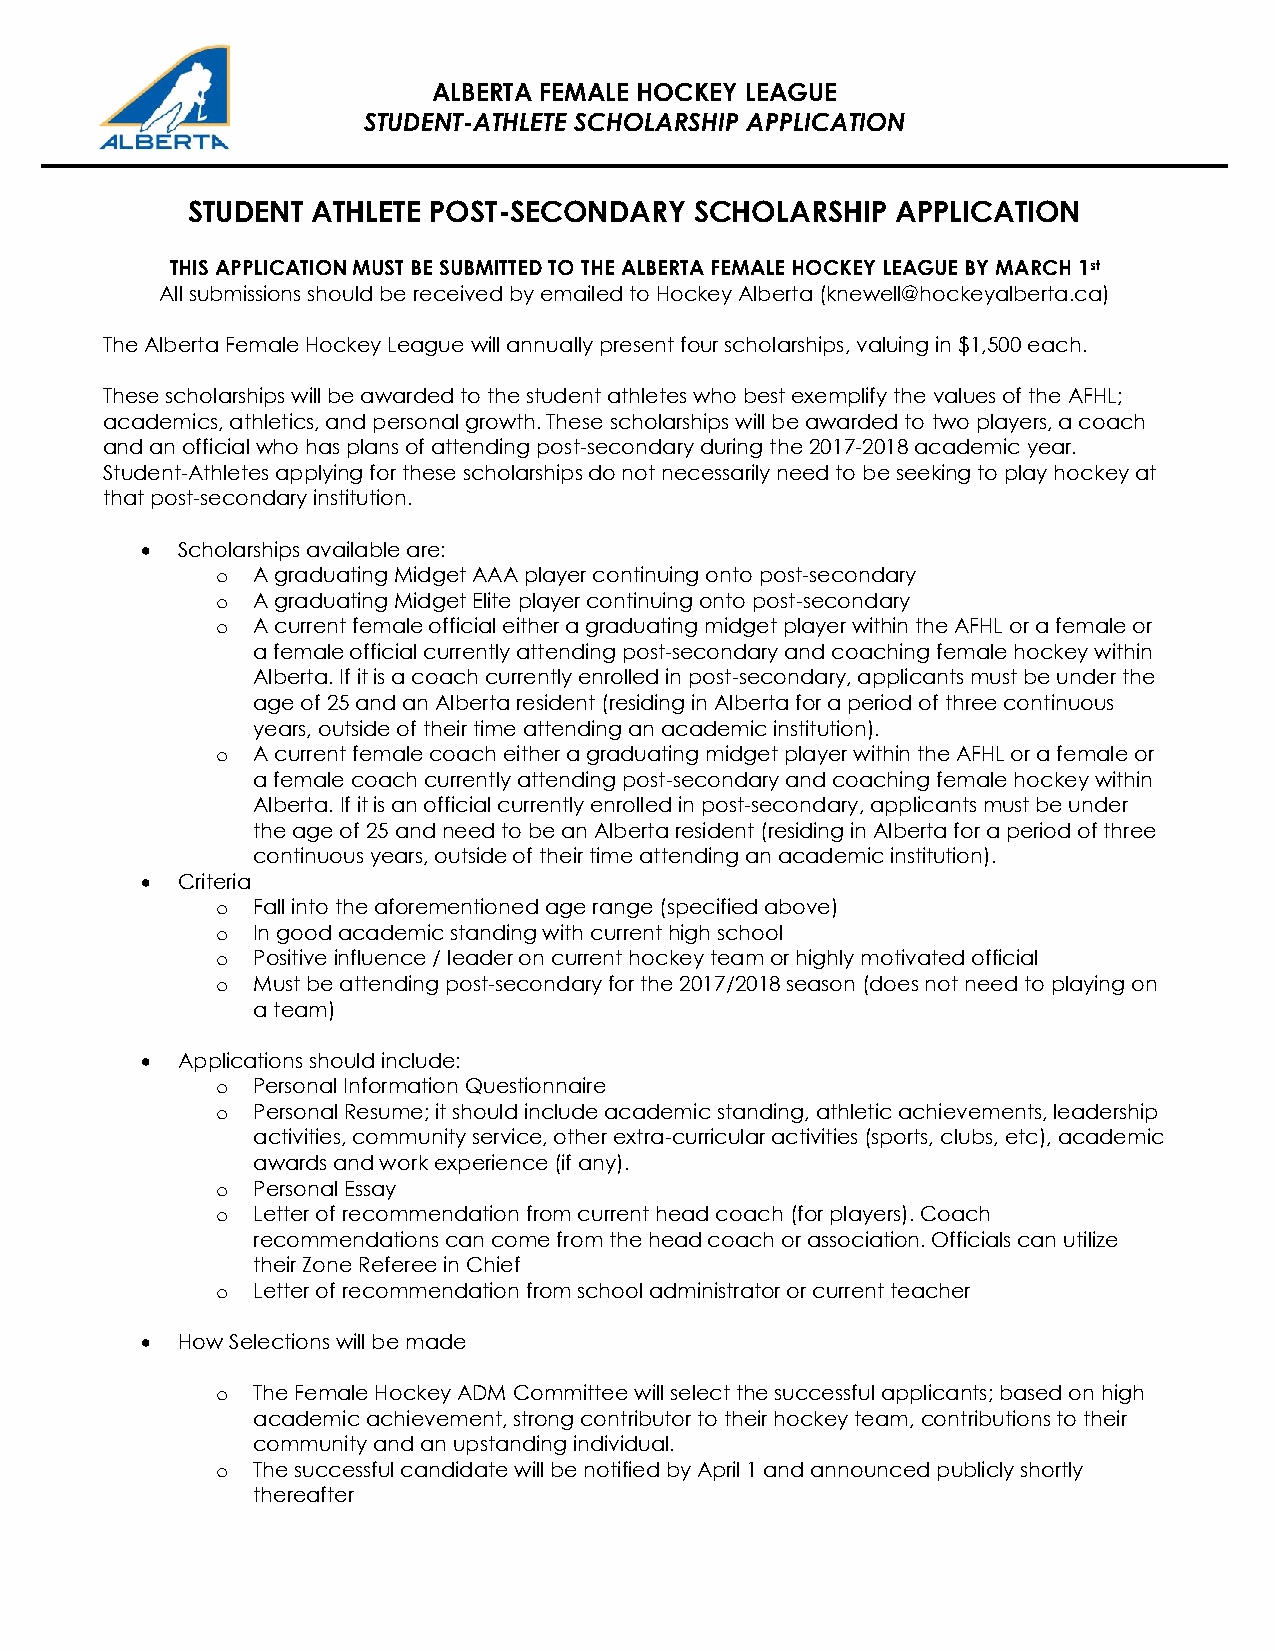
ALBERTA FEMALE HOCKEY LEAGUE
 STUDENT-ATHLETE SCHOLARSHIP APPLICATION
 STUDENT  ATHLETE POST-SECONDARY   SCHOLARSHIP  APPLICATION
 THIS APPLICATION MUST BE SUBMITTED TO THE ALBERTA FEMALE HOCKEY LEAGUE BY MARCH 1st
 All submissions should be received by emailed to Hockey Alberta (knewell@hockeyalberta.ca)
 The Alberta Female Hockey League will annually present four scholarships, valuing in $1,500 each.
 These scholarships will be awarded to the student athletes who best exemplify the values of the AFHL;
 academics, athletics, and personal growth. These scholarships will be awarded to two players, a coach
 and an official who has plans of attending post-secondary during the 2017-2018 academic year.
 Student-Athletes applying for these scholarships do not necessarily need to be seeking to play hockey at
 that post-secondary institution.
   Scholarships available are:
 o  A graduating Midget AAA player continuing onto post-secondary
 o  A graduating Midget Elite player continuing onto post-secondary
 o  A current female official either a graduating midget player within the AFHL or a female or
 a female official currently attending post-secondary and coaching female hockey within
 Alberta. If it is a coach currently enrolled in post-secondary, applicants must be under the
 age of 25 and an Alberta resident (residing in Alberta for a period of three continuous
 years, outside of their time attending an academic institution).
 o  A current female coach either a graduating midget player within the AFHL or a female or
 a female coach currently attending post-secondary and coaching female hockey within
 Alberta. If it is an official currently enrolled in post-secondary, applicants must be under
 the age of 25 and need to be an Alberta resident (residing in Alberta for a period of three
 continuous years, outside of their time attending an academic institution).
   Criteria
 o  Fall into the aforementioned age range (specified above)
 o  In good academic standing with current high school
 o  Positive influence / leader on current hockey team or highly motivated official
 o  Must be attending post-secondary for the 2017/2018 season (does not need to playing on
 a team)
   Applications should include:
 o  Personal Information Questionnaire
 o  Personal Resume; it should include academic standing, athletic achievements, leadership
 activities, community service, other extra-curricular activities (sports, clubs, etc), academic
 awards and work experience (if any).
 o  Personal Essay
 o  Letter of recommendation from current head coach (for players). Coach
 recommendations can come from the head coach or association. Officials can utilize
 their Zone Referee in Chief
 o  Letter of recommendation from school administrator or current teacher
   How Selections will be made
 o  The Female Hockey ADM Committee will select the successful applicants; based on high
 academic achievement, strong contributor to their hockey team, contributions to their
 community and an upstanding individual.
 o  The successful candidate will be notified by April 1 and announced publicly shortly
 thereafter